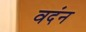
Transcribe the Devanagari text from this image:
वदंन